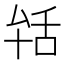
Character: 𦧐